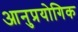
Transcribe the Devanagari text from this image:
आनुप्रयोगिक